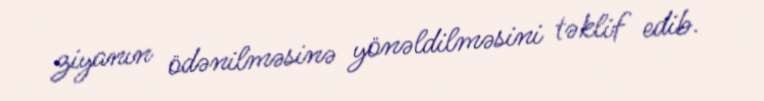
ziyanın ödənilməsinə yönəldilməsini təklif edib.